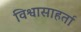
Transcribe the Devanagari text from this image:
विश्वासाहर्ता